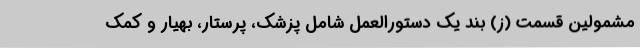
مشمولین قسمت (ز) بند یک دستورالعمل شامل پزشک، پرستار، بهیار و کمک